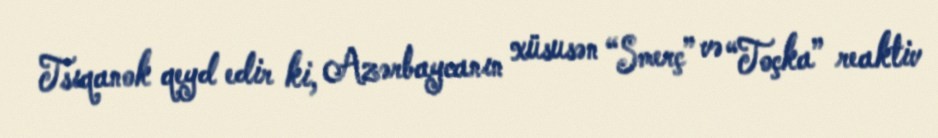
Tsıqanok qeyd edir ki, Azərbaycanın xüsusən “Smerç” və “Toçka” reaktiv